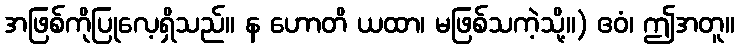
အဖြစ်ကိုပြုလေ့ရှိသည်။ န ဟောတိ ယထာ၊ မဖြစ်သကဲ့သို့။) ဧဝံ၊ ဤအတူ။